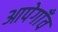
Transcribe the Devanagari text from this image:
आपेगाँव